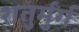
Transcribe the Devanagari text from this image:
शतुर्मुर्ग